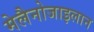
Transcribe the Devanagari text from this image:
मेलैनोजाइलान